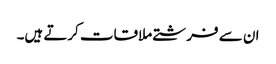
ان سے فرشتے ملاقات کرتے ہیں۔